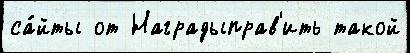
са́йты от Наградыправ'ить такой